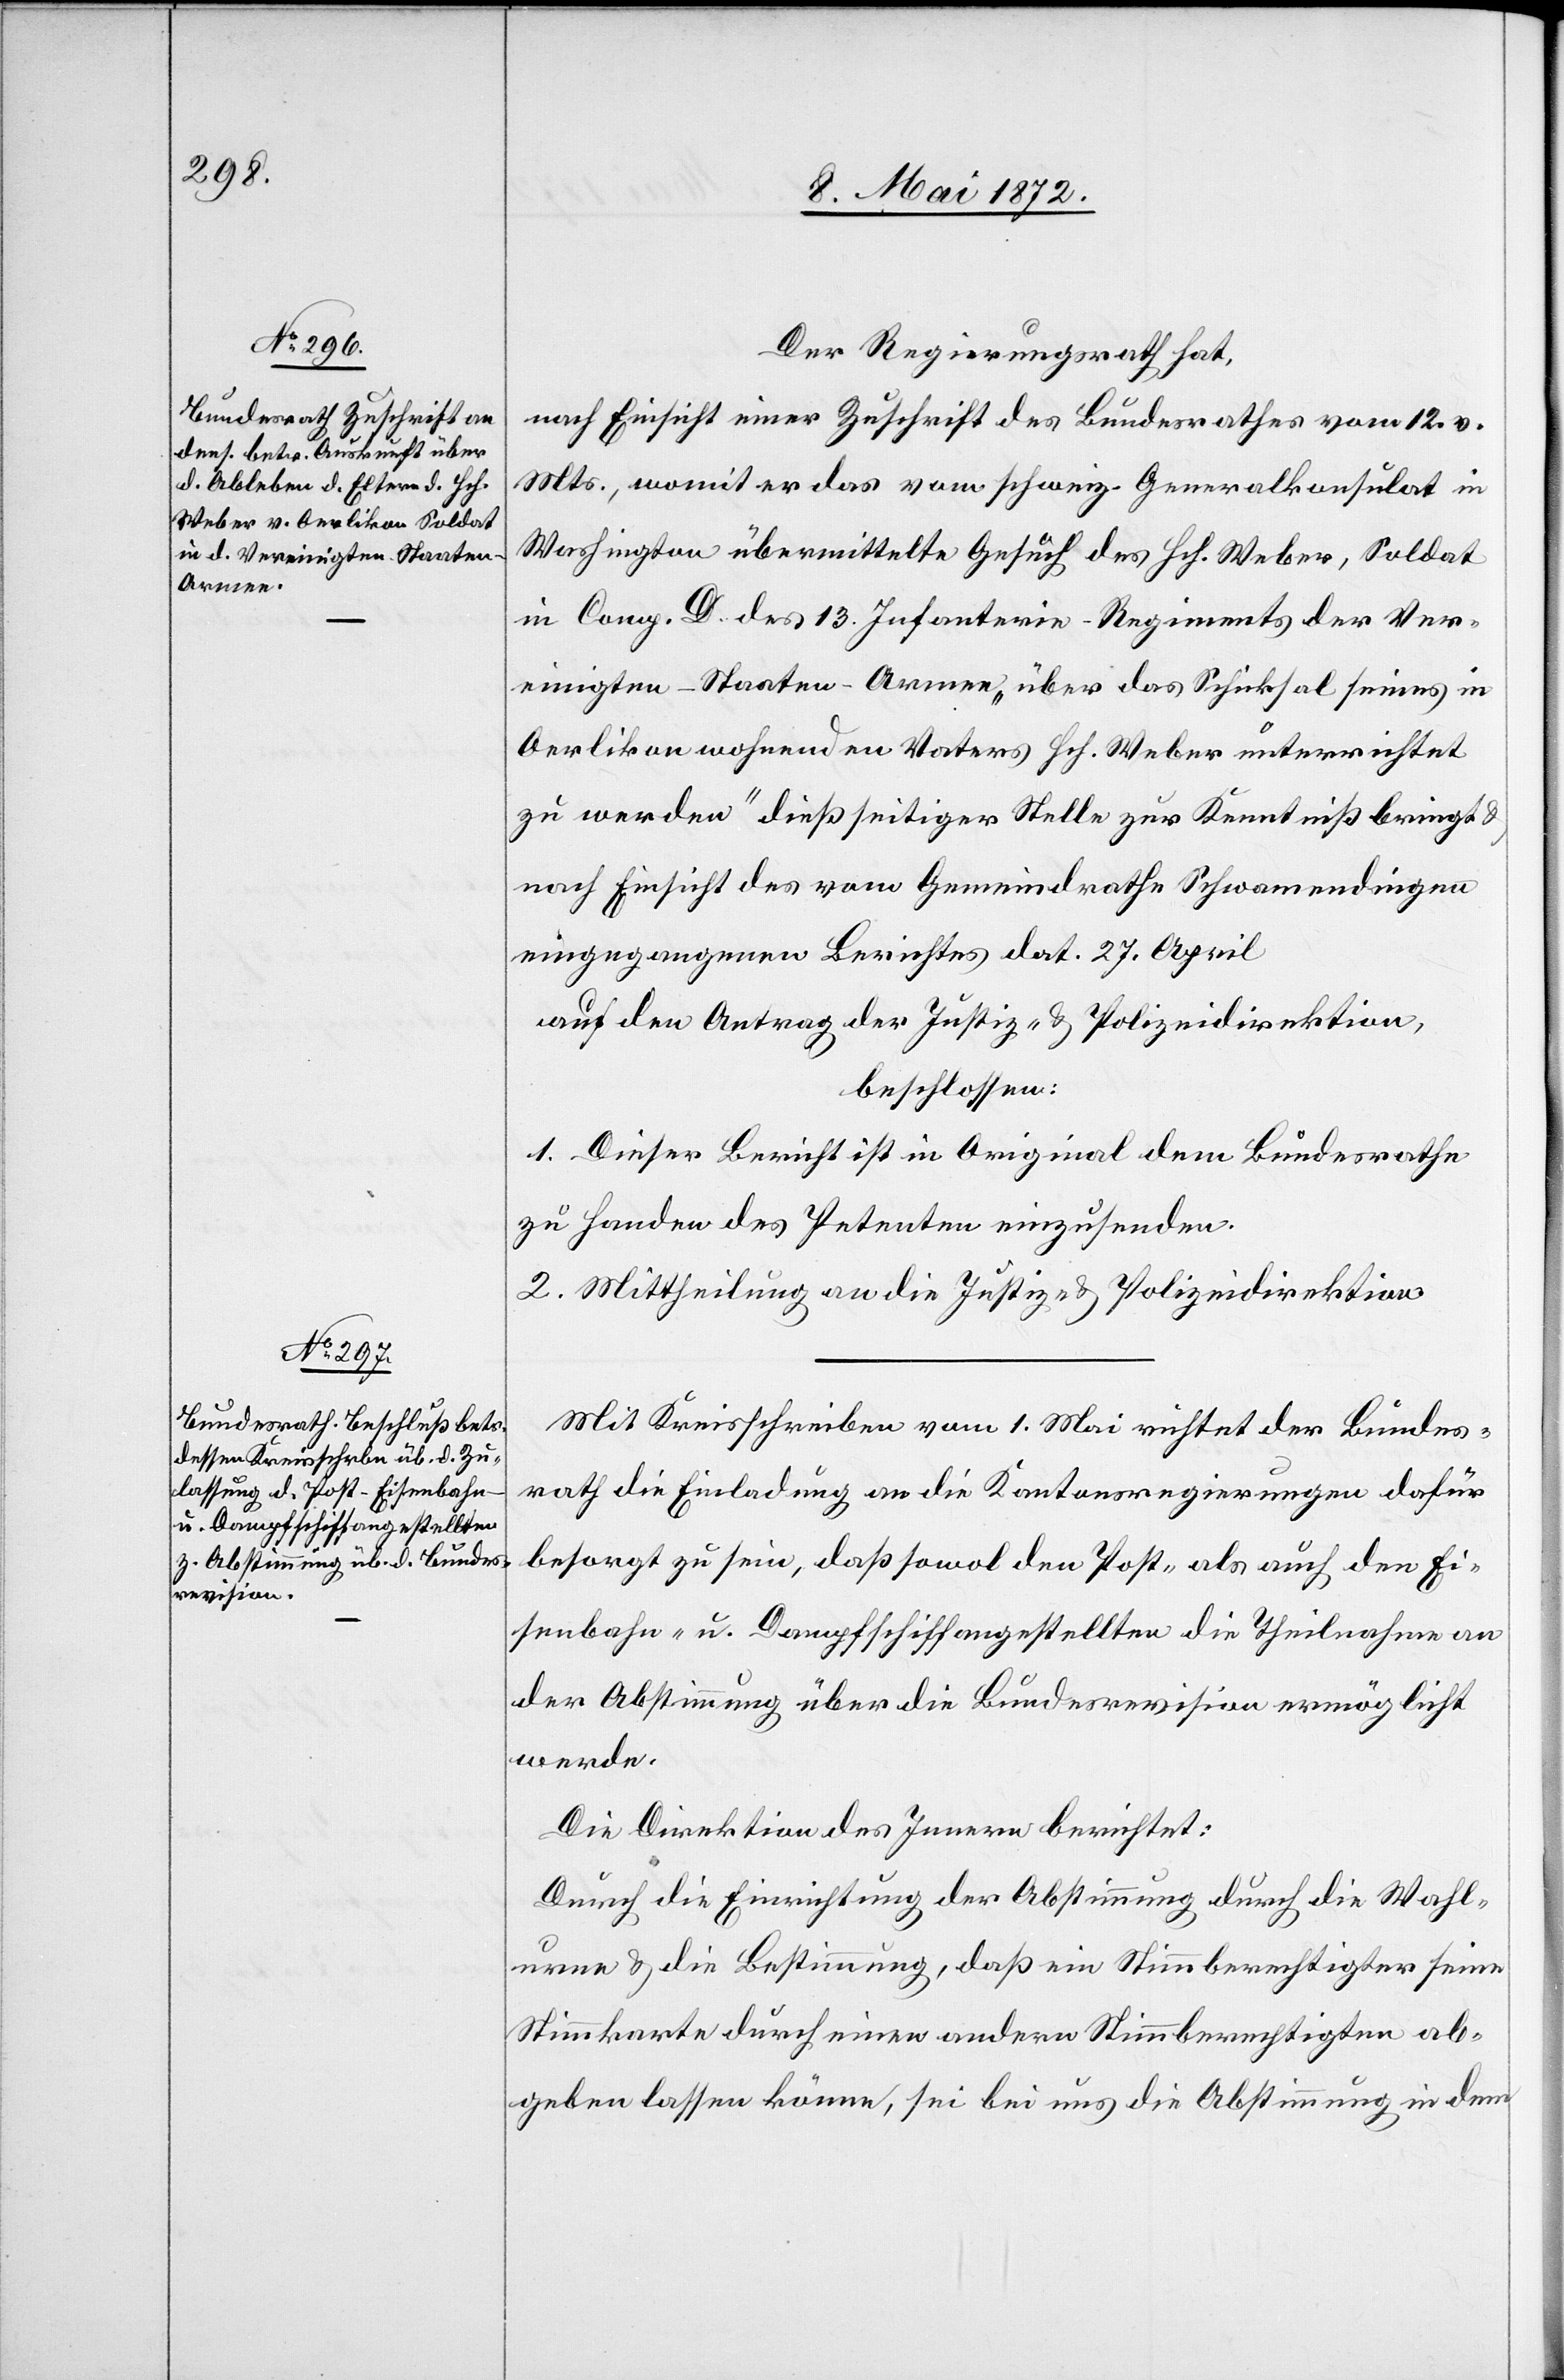
Der Regierungsrath hat,
nach Einsicht einer Zuschrift des Bundesrathes vom 12. v.
Mts., womit er das vom schweiz. Generalkonsulat in
Washington übermittelte Gesuche des Hch. Weber, Soldat
in Comp. D. des 13. Infanterie-Regiments der Ver¬
einigten-Staaten-Armee „über das Schicksal seines in
Oerlikon wohnenden Vaters Hch. Weber unterrichtet
zu werden“ dießseitiger Stelle zur Kenntniß bringt u.
nach Einsicht des vom Gemeindrathe Schwamendingen
eingegangenen Berichtes dat. 27. April
auf den Antrag der Justiz- u. Polizeidirektion,
beschlossen:
1. Dieser Bericht ist in Original dem Bundesrathe
zu Handen des Petenten einzusenden.
2. Mittheilung an die Justiz- u. Polizeidirektion.
Mit Kreisschreiben vom 1. Mai richtet der Bundes¬
rath die Einladung an die Kantonsregierungen dafür
besorgt zu sein, daß sowol den Post- als auch den Ei¬
senbahn- u. Dampfschiffangestellten die Theilnahme an
der Abstimmung über die Bundesrevision ermöglicht
werde.
Die Direktion des Innern berichtet:
Durch die Einrichtung der Abstimmung durch die Wahl¬
urne u. die Bestimmung, daß ein Stimmberechtigter seine
Stimmkarte durch einen andern Stimmberechtigten ab¬
geben lassen könne, sei bei uns die Abstimmung in dem